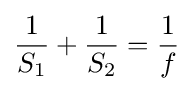
{\frac {1}{S_{1}}}+{\frac {1}{S_{2}}}={\frac {1}{f}}